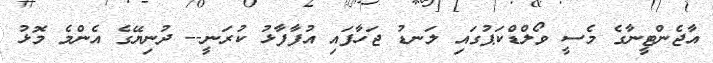
އާޖެންޓީނާގެ މެސީ ވޯލްޑްކަޕުގައި ލަނޑު ޖަހާފައި އުފާފާޅު ކުރަނީ-- ދުނިޔޭގެ އެންމެ މޮޅު